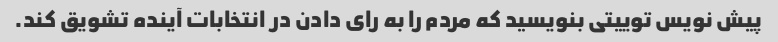
پیش نویس توییتی بنویسید که مردم را به رای دادن در انتخابات آینده تشویق کند.